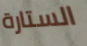
الستارة